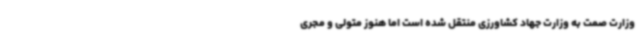
وزارت صمت به وزارت جهاد کشاورزی منتقل شده است اما هنوز متولی و مجری